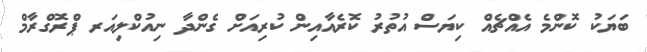
ބަޔަކު ކޮންމެ އެއްޗެއް ކިޔަސް އުތުރު ކޮރެއާއިން ކުރިއަށް ގެންދާ ނިއުކްލިއަރ ޕްރޮގްރާމް